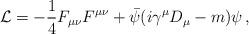
LaTeX: \begin{align*}{\cal L}=-{1\over 4}F_{\mu\nu}F^{\mu\nu}+{\bar\psi}(i\gamma^\mu D_\mu -m)\psi\,,\end{align*}